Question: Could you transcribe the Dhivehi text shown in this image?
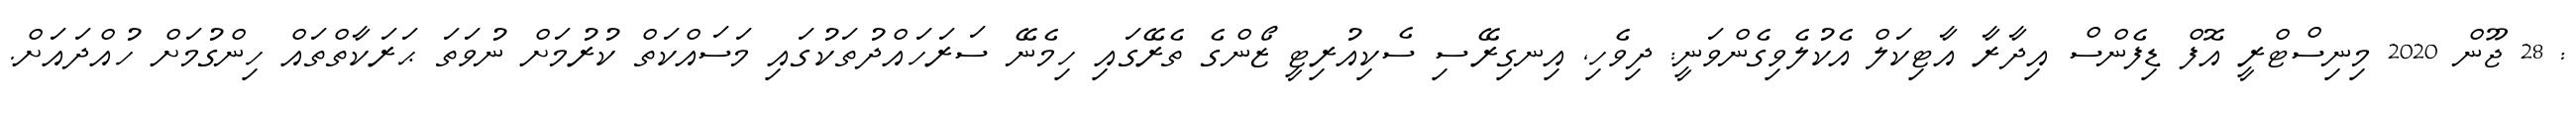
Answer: : 28 ޖޫން 2020 މިނިސްޓްރީ އޮފް ޑިފެންސް އިދާރާ އާޓިކަލް އެކުލެވިގެންވަނީ: ދިވެހި, އިނގިރޭސި ސެކިއުރިޓީ ޒޯންގެ ތެރޭގައި ހިމެނޭ ސަރަހައްދުތަކުގައި މަސައްކަތް ކުރުމަށް ނުވަތަ ޙަރަކާތްތައް ހިންގުމަށް ހުއްދައަށް.